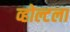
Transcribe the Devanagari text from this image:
व्होल्टला